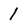
Character: 1